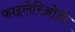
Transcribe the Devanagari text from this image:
फाइलेरिओडी